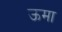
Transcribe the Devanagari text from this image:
ऊमा